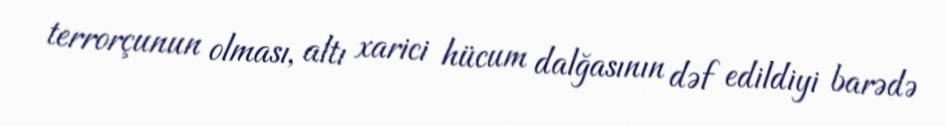
terrorçunun olması, altı xarici hücum dalğasının dəf edildiyi barədə